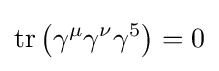
\operatorname {tr} \left(\gamma ^{\mu }\gamma ^{\nu }\gamma ^{5}\right)=0